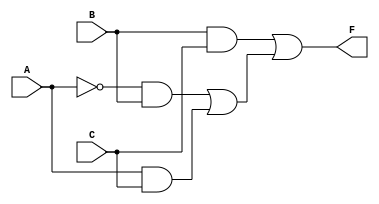
module Lab1_gatelevel(F, A, B, C);
	output	F;
	input	A, B, C;
	wire	w1, w2, w3, w4, w5;

	not	N1(w1, A);
	and	G1(w2, w1, B),
		G2(w3, A, C),
		G3(w4, B, C);
	or	G4(w5, w2, w3),
		G5(F, w4, w5);
	
endmodule